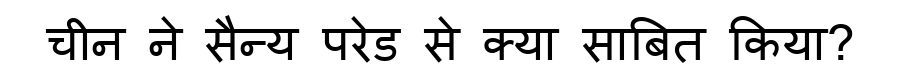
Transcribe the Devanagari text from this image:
चीन ने सैन्य परेड से क्या साबित किया?